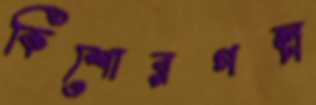
কিশোরগল্প